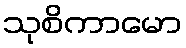
သုစိကာမော